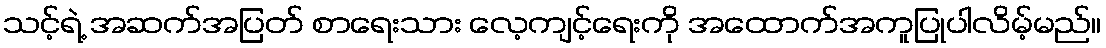
သင့်ရဲ့ အဆက်အပြတ် စာရေးသား လေ့ကျင့်ရေးကို အထောက်အကူပြုပါလိမ့်မည်။